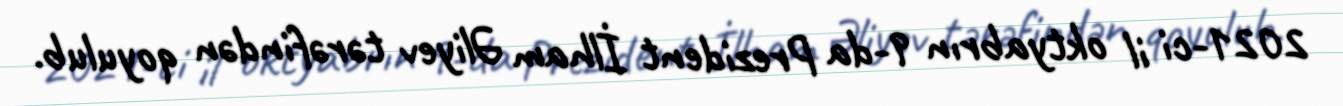
2021-ci il oktyabrın 9-da Prezident İlham Əliyev tərəfindən qoyulub.